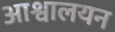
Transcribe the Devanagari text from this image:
आश्वालयन